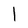
Character: l